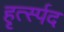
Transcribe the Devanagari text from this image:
हृर्त्स्पद